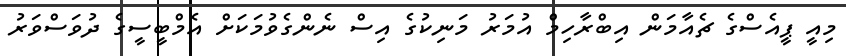
މިއީ ޕީއެސްގެ ޗެއާމަން އިބްރާހިމް އުމަރު މަނިކުގެ އިސް ނެންގެވުމަކަށް އެމްބީސީގެ ދުވަސްވަރު